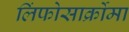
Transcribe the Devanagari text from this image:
लिंफोसार्क्रोमा